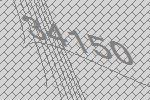
34150